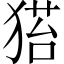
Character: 𤠂